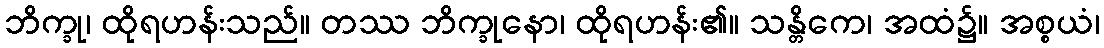
ဘိက္ခု၊ ထိုရဟန်းသည်။ တဿ ဘိက္ခုနော၊ ထိုရဟန်း၏။ သန္တိကေ၊ အထံ၌။ အစ္စယံ၊